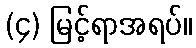
(၄) မြင့်ရာအရပ်။